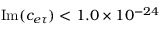
\mathrm { I m } ( c _ { e \tau } ) < 1 . 0 \times 1 0 ^ { - 2 4 }